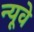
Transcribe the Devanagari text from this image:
न्यूवे